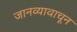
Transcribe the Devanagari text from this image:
जानव्यावाचून